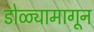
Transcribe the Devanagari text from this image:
डोळ्यामागून